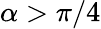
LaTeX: \alpha>\pi/4